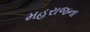
મહરાજના